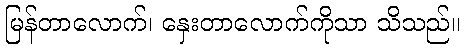
မြန်တာလောက်၊ နှေးတာလောက်ကိုသာ သိသည်။